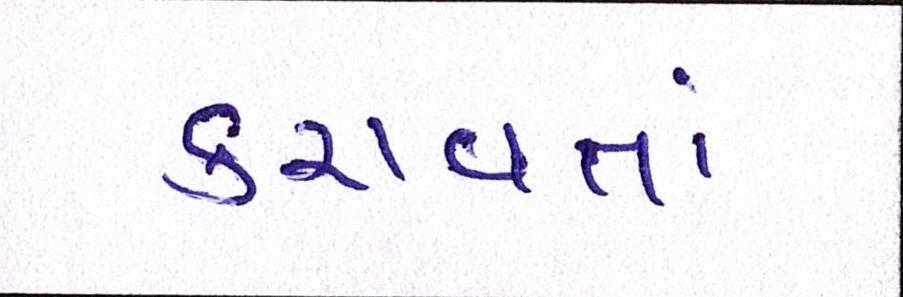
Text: કરાવતાં